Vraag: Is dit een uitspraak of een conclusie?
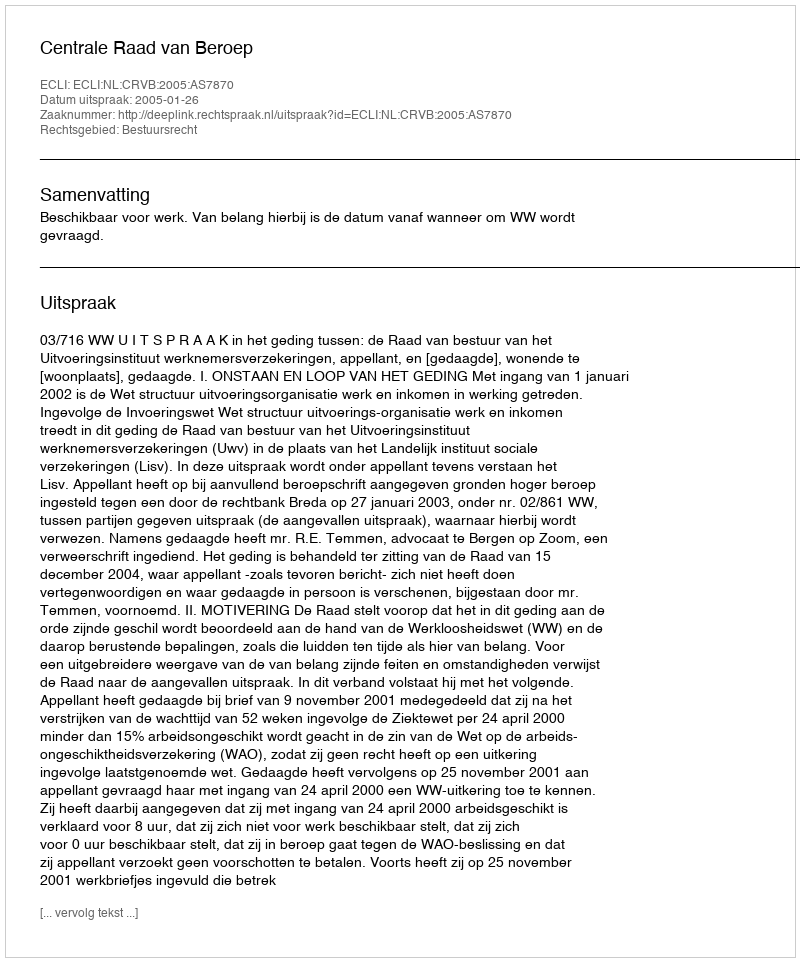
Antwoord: Uitspraak